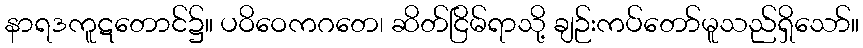
နာရဒကူဋတောင်၌။ ပဝိဝေကဂတေ၊ ဆိတ်ငြိမ်ရာသို့ ချဉ်းကပ်တော်မူသည်ရှိသော်။